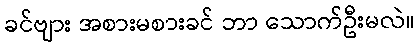
ခင်ဗျား အစားမစားခင် ဘာ သောက်ဦးမလဲ။